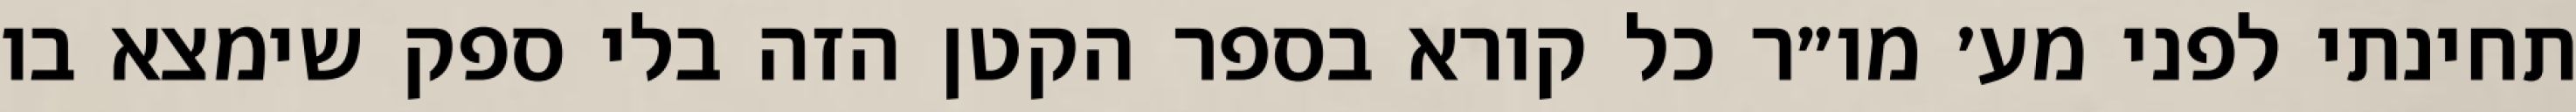
תחינתי לפני מע׳ מו״ר כל קורא בספר הקטן הזה בלי ספק שימצא בו